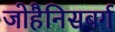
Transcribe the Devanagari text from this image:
जोहैनिसबर्ग